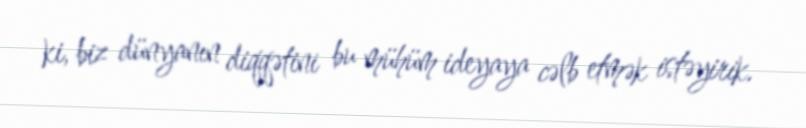
ki, biz dünyanın diqqətini bu mühüm ideyaya cəlb etmək istəyirik.